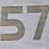
57